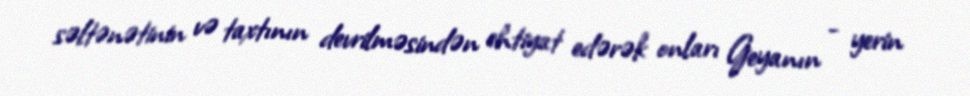
səltənətinin və taxtının devrilməsindən ehtiyat edərək onları Geyanın - yerin